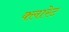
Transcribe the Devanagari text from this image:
क्लारेट